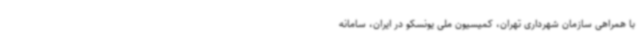
با همراهی سازمان شهرداری تهران، کمیسیون ملی یونسکو در ایران، سامانه